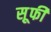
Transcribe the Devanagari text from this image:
स़ूफी